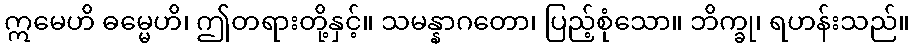
ဣမေဟိ ဓမ္မေဟိ၊ ဤတရားတို့နှင့်။ သမန္နာဂတော၊ ပြည့်စုံသော။ ဘိက္ခု၊ ရဟန်းသည်။